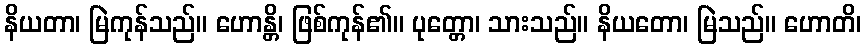
နိယတာ၊ မြဲကုန်သည်။ ဟောန္တိ၊ ဖြစ်ကုန်၏။ ပုတ္တော၊ သားသည်။ နိယတော၊ မြဲသည်။ ဟောတိ၊